Civil Veterinary Department Bihar & Orissa reports 1922-29 - 1922-1929
Year: 1922
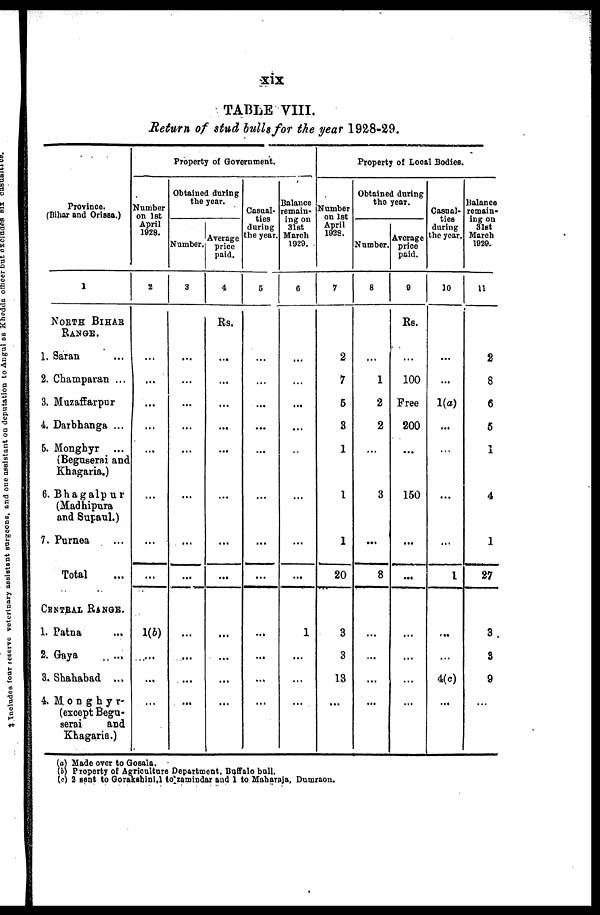
xix
TABLE VIII.
Return of stud bull for the year 1928-29.
Province.
(Bihar and Orissa.)
1
NORTH BIHAR RANGE.
1. Saran
2. Champaran ...
3. Muzaffarpur
4. Darbhanga ...
5. Monghyr
(Beguserai and
Khagaria.)
6. Bhagalpur
(Madhipura
and Supaul.)
7. Purnea
Total
Central Range.
1. Patna
2. Gaya
3. Shahabad ...
4. Monghyr-
(except Begu-
serai
and
Khagaria.)
Property of Government.
Number
on 1st
April
1928.
2
...
...
...
...
...
...
...
1(b)
...
...
...
Obtained daring
the year.
Number.
3
...
...
...
...
...
...
...
...
...
...
...
...
Average
price
paid.
4
Rs.
...
...
...
...
...
...
...
...
...
...
...
...
Casual-
ties
during
the year.
5
...
...
...
...
...
...
...
...
...
...
...
...
Balance
remain-
ing on
31st
March
1020.
6
...
...
...
...
...
...
...
1
...
...
...
Property of Lcoal Bodies.
Number
on 1st
April
1923.
7
2
7
5
3
1
1
1
20
3
3
13
...
Obtained during
the year.
Number.
8
...
1
2
2
...
3
...
8
...
...
...
...
Average
price
paid.
9
Rs.
...
100
Free
200
...
150
...
...
...
...
...
Casual-
ties
during
the year.
10
...
...
1(a)
...
...
...
...
1
...
...
4(c)
...
Balance
remain-
ing on
31st
March
1020.
11
2
8
6
5
1
4
1
27
3
3
9
(a) Made over to Gosala.
(b) Property of Agriculture Department. Buffalo ball.
(c) 2 sent to Gorasahini to zamindar and 1 to Maharaja, Dumraon.